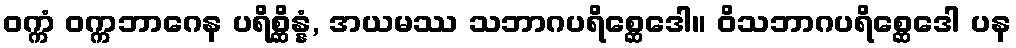
ဝက္ကံ ဝက္ကဘာဂေန ပရိစ္ဆိန္နံ, အယမဿ သဘာဂပရိစ္ဆေဒေါ။ ဝိသဘာဂပရိစ္ဆေဒေါ ပန